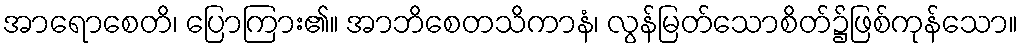
အာရောစေတိ၊ ပြောကြား၏။ အာဘိစေတသိကာနံ၊ လွန်မြတ်သောစိတ်၌ဖြစ်ကုန်သော။